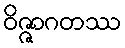
ဝိဇ္ဇာဂတဿ